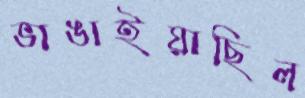
ভাঙাইয়াছিল